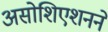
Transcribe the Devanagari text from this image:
असोशिएशनने